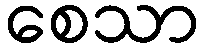
စေသာ